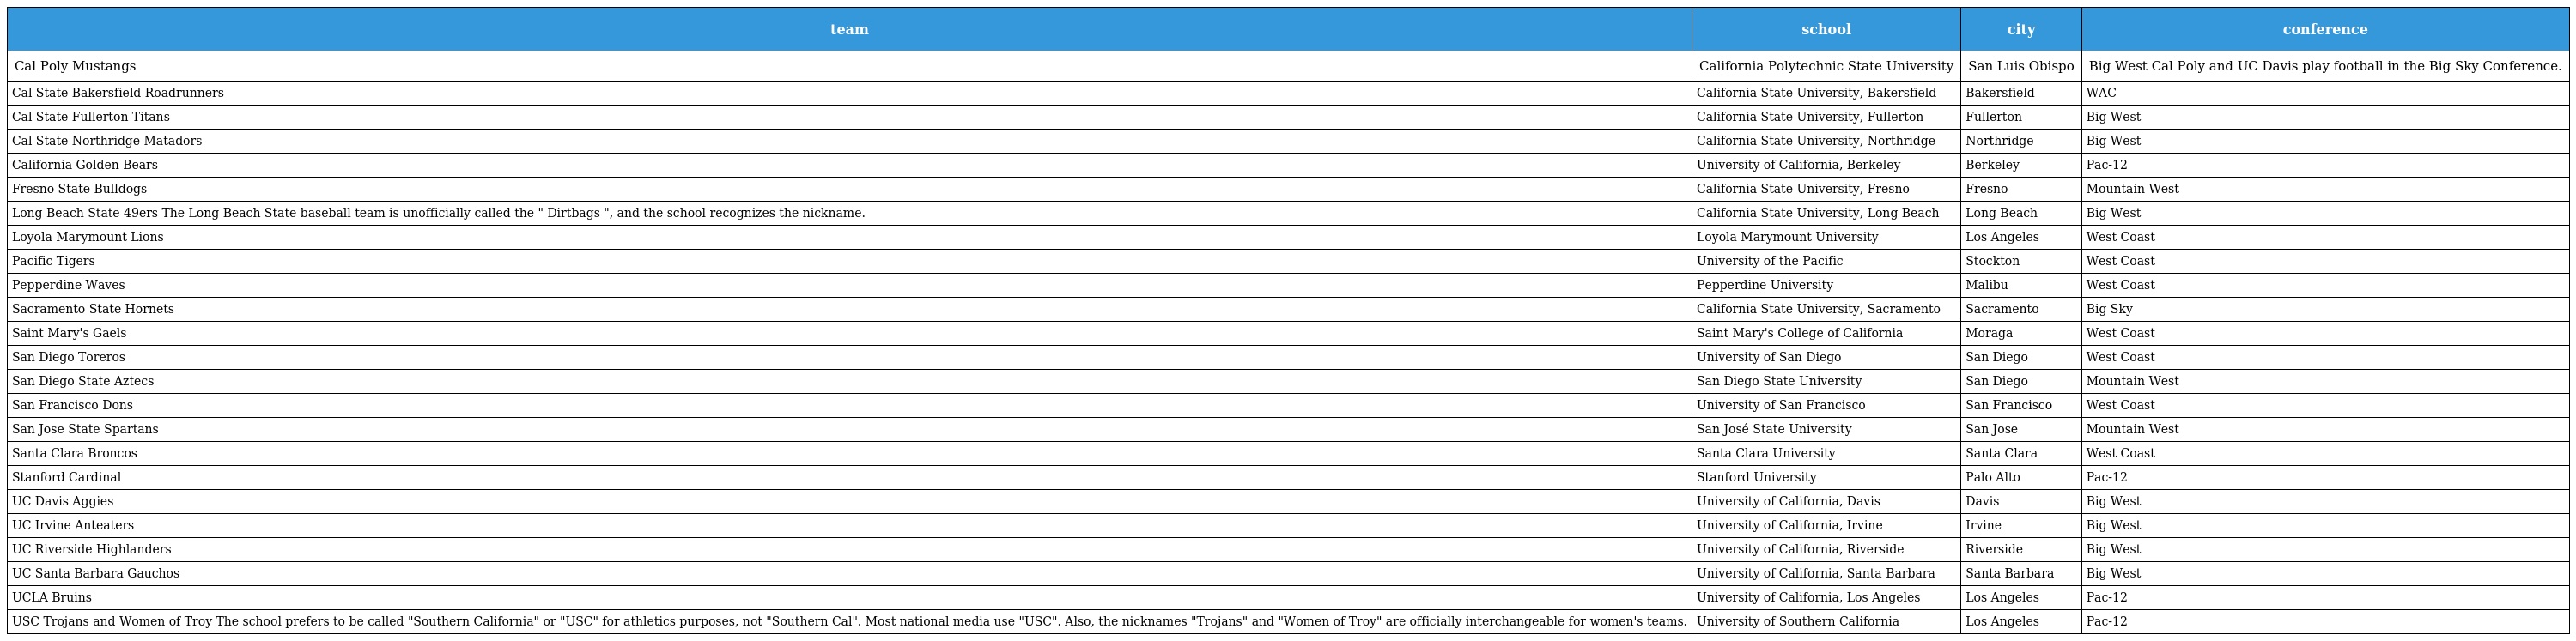
| team | school | city | conference |
 | --- | --- | --- | --- |
 | Cal Poly Mustangs | California Polytechnic State University | San Luis Obispo | Big West Cal Poly and UC Davis play football in the Big Sky Conference. |
 | Cal State Bakersfield Roadrunners | California State University, Bakersfield | Bakersfield | WAC |
 | Cal State Fullerton Titans | California State University, Fullerton | Fullerton | Big West |
 | Cal State Northridge Matadors | California State University, Northridge | Northridge | Big West |
 | California Golden Bears | University of California, Berkeley | Berkeley | Pac-12 |
 | Fresno State Bulldogs | California State University, Fresno | Fresno | Mountain West |
 | Long Beach State 49ers The Long Beach State baseball team is unofficially called the " Dirtbags ", and the school recognizes the nickname. | California State University, Long Beach | Long Beach | Big West |
 | Loyola Marymount Lions | Loyola Marymount University | Los Angeles | West Coast |
 | Pacific Tigers | University of the Pacific | Stockton | West Coast |
 | Pepperdine Waves | Pepperdine University | Malibu | West Coast |
 | Sacramento State Hornets | California State University, Sacramento | Sacramento | Big Sky |
 | Saint Mary's Gaels | Saint Mary's College of California | Moraga | West Coast |
 | San Diego Toreros | University of San Diego | San Diego | West Coast |
 | San Diego State Aztecs | San Diego State University | San Diego | Mountain West |
 | San Francisco Dons | University of San Francisco | San Francisco | West Coast |
 | San Jose State Spartans | San José State University | San Jose | Mountain West |
 | Santa Clara Broncos | Santa Clara University | Santa Clara | West Coast |
 | Stanford Cardinal | Stanford University | Palo Alto | Pac-12 |
 | UC Davis Aggies | University of California, Davis | Davis | Big West |
 | UC Irvine Anteaters | University of California, Irvine | Irvine | Big West |
 | UC Riverside Highlanders | University of California, Riverside | Riverside | Big West |
 | UC Santa Barbara Gauchos | University of California, Santa Barbara | Santa Barbara | Big West |
 | UCLA Bruins | University of California, Los Angeles | Los Angeles | Pac-12 |
 | USC Trojans and Women of Troy The school prefers to be called "Southern California" or "USC" for athletics purposes, not "Southern Cal". Most national media use "USC". Also, the nicknames "Trojans" and "Women of Troy" are officially interchangeable for women's teams. | University of Southern California | Los Angeles | Pac-12 |